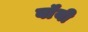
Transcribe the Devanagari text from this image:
बॉंयी